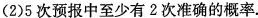
(2)5次预报中至少有2次准确的概率.